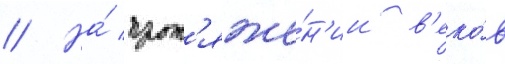
// На́ прот'яже́н'ии в'еко́в